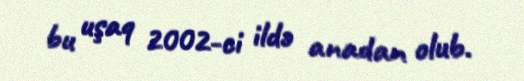
bu uşaq 2002-ci ildə anadan olub.